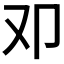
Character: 𠨏